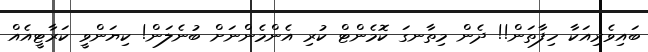
ބައިވެރިއަކާ ހިފާތަން!! ދެން މިތާނގަ ކޮމެންޓް ކުރި އެންމެންނަށް ބުނެލަން! ކިޔަންވީ ކަރާޓީއެއް